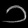
Digit: ၁